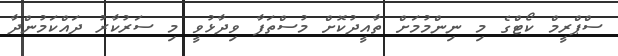
ސްޕްރީމް ކޯޓްގެ މި ނިންމުމަށް ތާއީދުކޮށް މުސްތަފާ ވިދާޅުވީ މި ސަރުކާރު ދައްކަމުންދާ